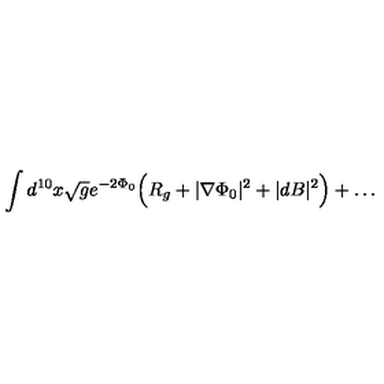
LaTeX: \int d ^ { 1 0 } x \sqrt { g } e ^ { - 2 \Phi _ { 0 } } \Bigl ( R _ { g } + | \nabla \Phi _ { 0 } | ^ { 2 } + | d B | ^ { 2 } \Bigr ) + \ldots